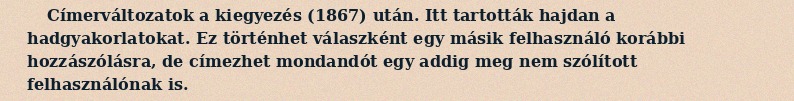
Címerváltozatok a kiegyezés (1867) után. Itt tartották hajdan a hadgyakorlatokat. Ez történhet válaszként egy másik felhasználó korábbi hozzászólásra, de címezhet mondandót egy addig meg nem szólított felhasználónak is.